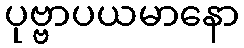
ပုဗ္ဗာပယမာနော